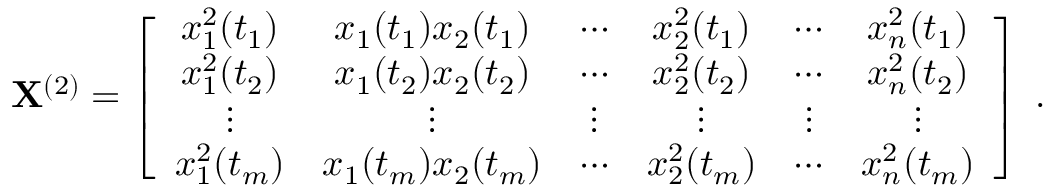
{ \bf X } ^ { ( 2 ) } = \left[ \begin{array} { c c c c c c } { x _ { 1 } ^ { 2 } ( t _ { 1 } ) } & { x _ { 1 } ( t _ { 1 } ) x _ { 2 } ( t _ { 1 } ) } & { \cdots } & { x _ { 2 } ^ { 2 } ( t _ { 1 } ) } & { \cdots } & { x _ { n } ^ { 2 } ( t _ { 1 } ) } \\ { x _ { 1 } ^ { 2 } ( t _ { 2 } ) } & { x _ { 1 } ( t _ { 2 } ) x _ { 2 } ( t _ { 2 } ) } & { \cdots } & { x _ { 2 } ^ { 2 } ( t _ { 2 } ) } & { \cdots } & { x _ { n } ^ { 2 } ( t _ { 2 } ) } \\ { \vdots } & { \vdots } & { \vdots } & { \vdots } & { \vdots } & { \vdots } \\ { x _ { 1 } ^ { 2 } ( t _ { m } ) } & { x _ { 1 } ( t _ { m } ) x _ { 2 } ( t _ { m } ) } & { \cdots } & { x _ { 2 } ^ { 2 } ( t _ { m } ) } & { \cdots } & { x _ { n } ^ { 2 } ( t _ { m } ) } \end{array} \right] \; .